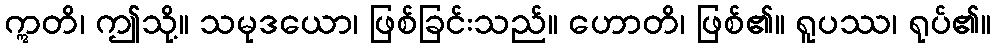
ဣတိ၊ ဤသို့။ သမုဒယော၊ ဖြစ်ခြင်းသည်။ ဟောတိ၊ ဖြစ်၏။ ရူပဿ၊ ရုပ်၏။